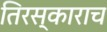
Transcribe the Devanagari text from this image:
तिरस्काराच